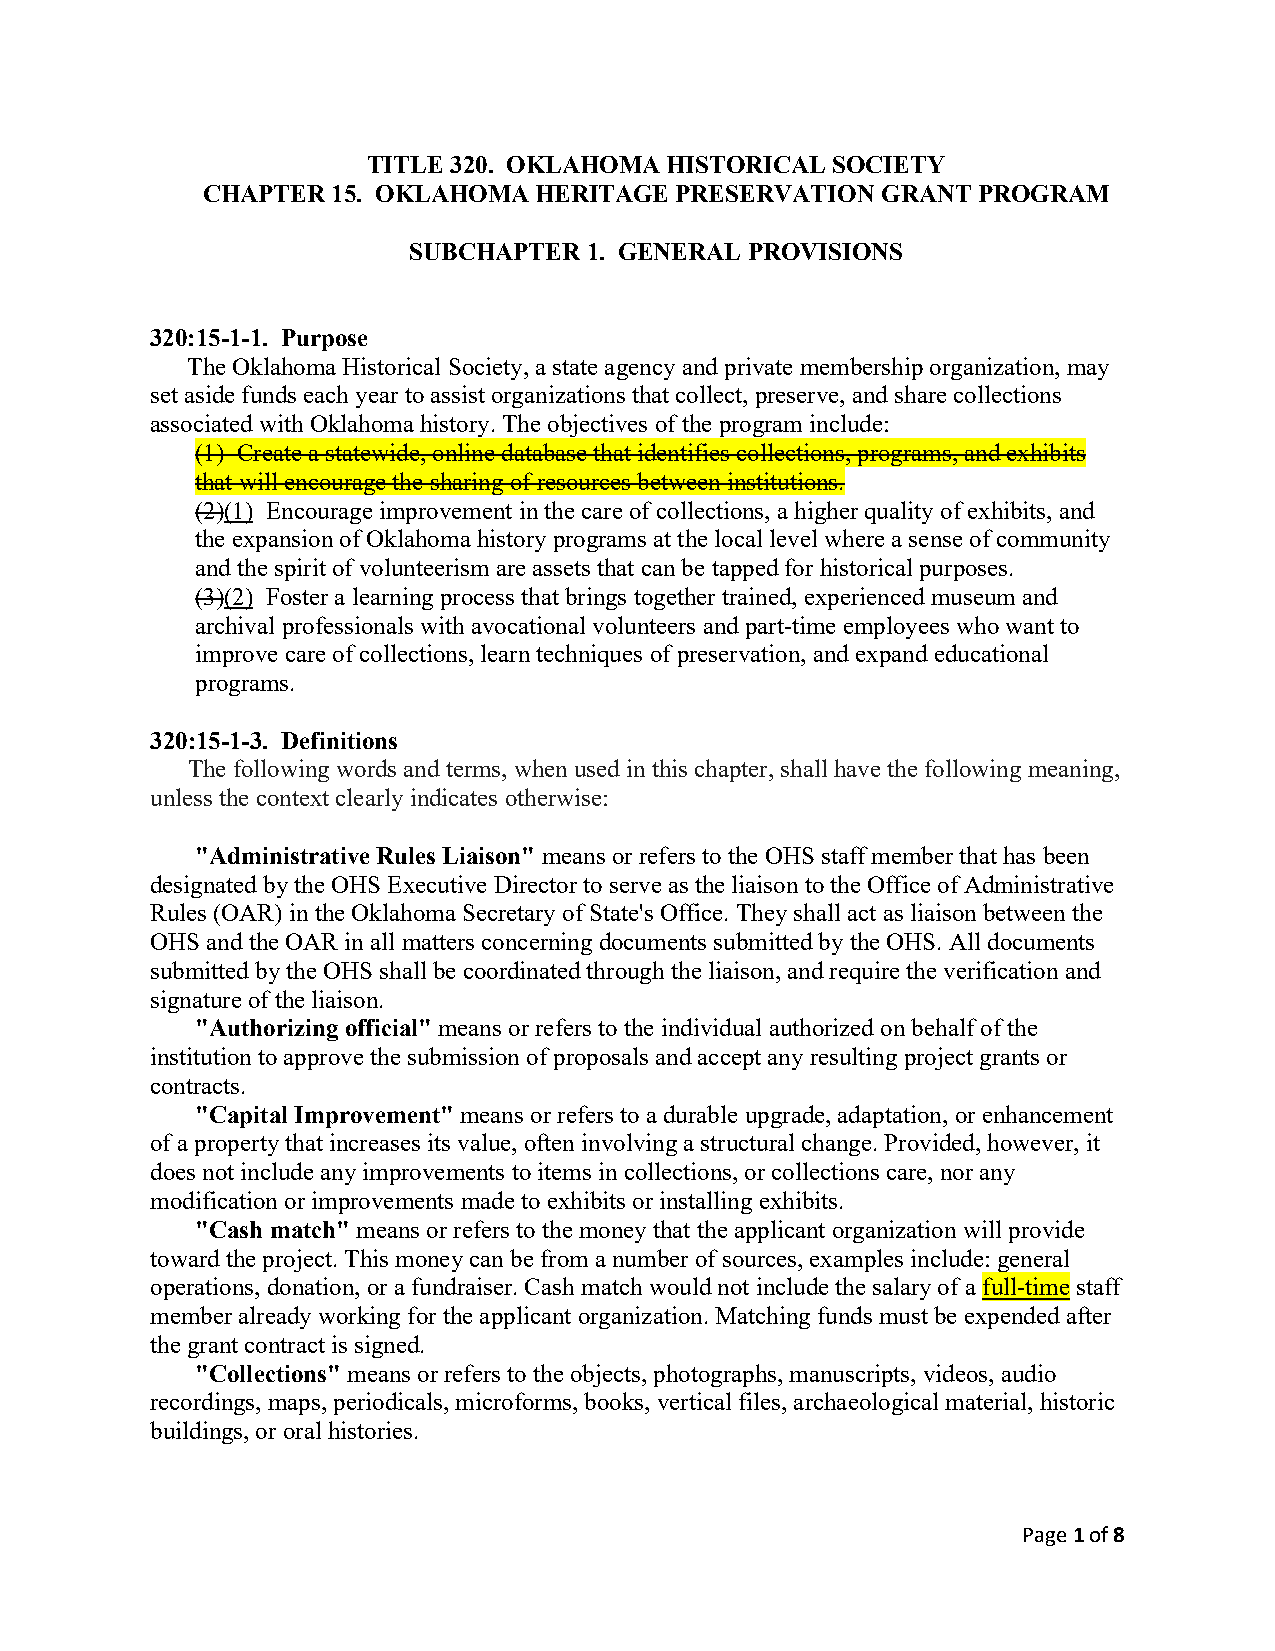
TITLE 320. OKLAHOMA HISTORICAL SOCIETY
 CHAPTER  15. OKLAHOMA HERITAGE  PRESERVATION GRANT  PROGRAM
 SUBCHAPTER  1. GENERAL PROVISIONS
 320:15-1-1. Purpose
 The Oklahoma Historical Society, a state agency and private membership organization, may
 set aside funds each year to assist organizations that collect, preserve, and share collections
 associated with Oklahoma history. The objectives of the program include:
 (1) Create a statewide, online database that identifies collections, programs, and exhibits
 that will encourage the sharing of resources between institutions.
 (2)(1) Encourage improvement in the care of collections, a higher quality of exhibits, and
 the expansion of Oklahoma history programs at the local level where a sense of community
 and the spirit of volunteerism are assets that can be tapped for historical purposes.
 (3)(2) Foster a learning process that brings together trained, experienced museum and
 archival professionals with avocational volunteers and part-time employees who want to
 improve care of collections, learn techniques of preservation, and expand educational
 programs.
 320:15-1-3. Definitions
 The following words and terms, when used in this chapter, shall have the following meaning,
 unless the context clearly indicates otherwise:
 "Administrative Rules Liaison" means or refers to the OHS staff member that has been
 designated by the OHS Executive Director to serve as the liaison to the Office of Administrative
 Rules (OAR) in the Oklahoma Secretary of State's Office. They shall act as liaison between the
 OHS and the OAR in all matters concerning documents submitted by the OHS. All documents
 submitted by the OHS shall be coordinated through the liaison, and require the verification and
 signature of the liaison.
 "Authorizing official" means or refers to the individual authorized on behalf of the
 institution to approve the submission of proposals and accept any resulting project grants or
 contracts.
 "Capital Improvement" means or refers to a durable upgrade, adaptation, or enhancement
 of a property that increases its value, often involving a structural change. Provided, however, it
 does not include any improvements to items in collections, or collections care, nor any
 modification or improvements made to exhibits or installing exhibits.
 "Cash match" means or refers to the money that the applicant organization will provide
 toward the project. This money can be from a number of sources, examples include: general
 operations, donation, or a fundraiser. Cash match would not include the salary of a full-time staff
 member already working for the applicant organization. Matching funds must be expended after
 the grant contract is signed.
 "Collections" means or refers to the objects, photographs, manuscripts, videos, audio
 recordings, maps, periodicals, microforms, books, vertical files, archaeological material, historic
 buildings, or oral histories.
 Page 1 of 8